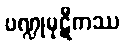
ပဏ္ဍုမုဋီကဿ